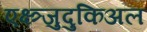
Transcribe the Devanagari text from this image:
एक्ष्त्र्जुदुकिअल